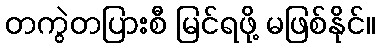
တကွဲတပြားစီ မြင်ရဖို့ မဖြစ်နိုင်။